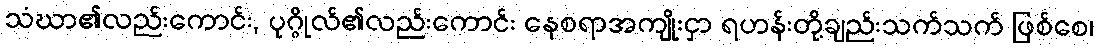
သံဃာ၏လည်းကောင်း, ပုဂ္ဂိုလ်၏လည်းကောင်း နေစရာအကျိုးငှာ ရဟန်းတို့ချည်းသက်သက် ဖြစ်စေ၊